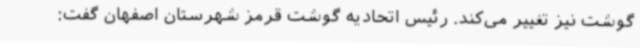
گوشت نیز تغییر می‌کند. رئیس اتحادیه گوشت قرمز شهرستان اصفهان گفت: